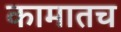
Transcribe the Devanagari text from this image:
कामातच